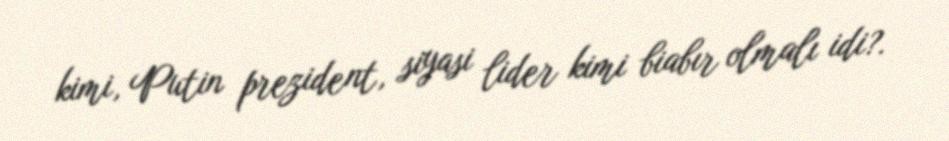
kimi, Putin prezident, siyasi lider kimi biabır olmalı idi?.